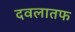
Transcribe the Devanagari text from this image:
दवलातफ